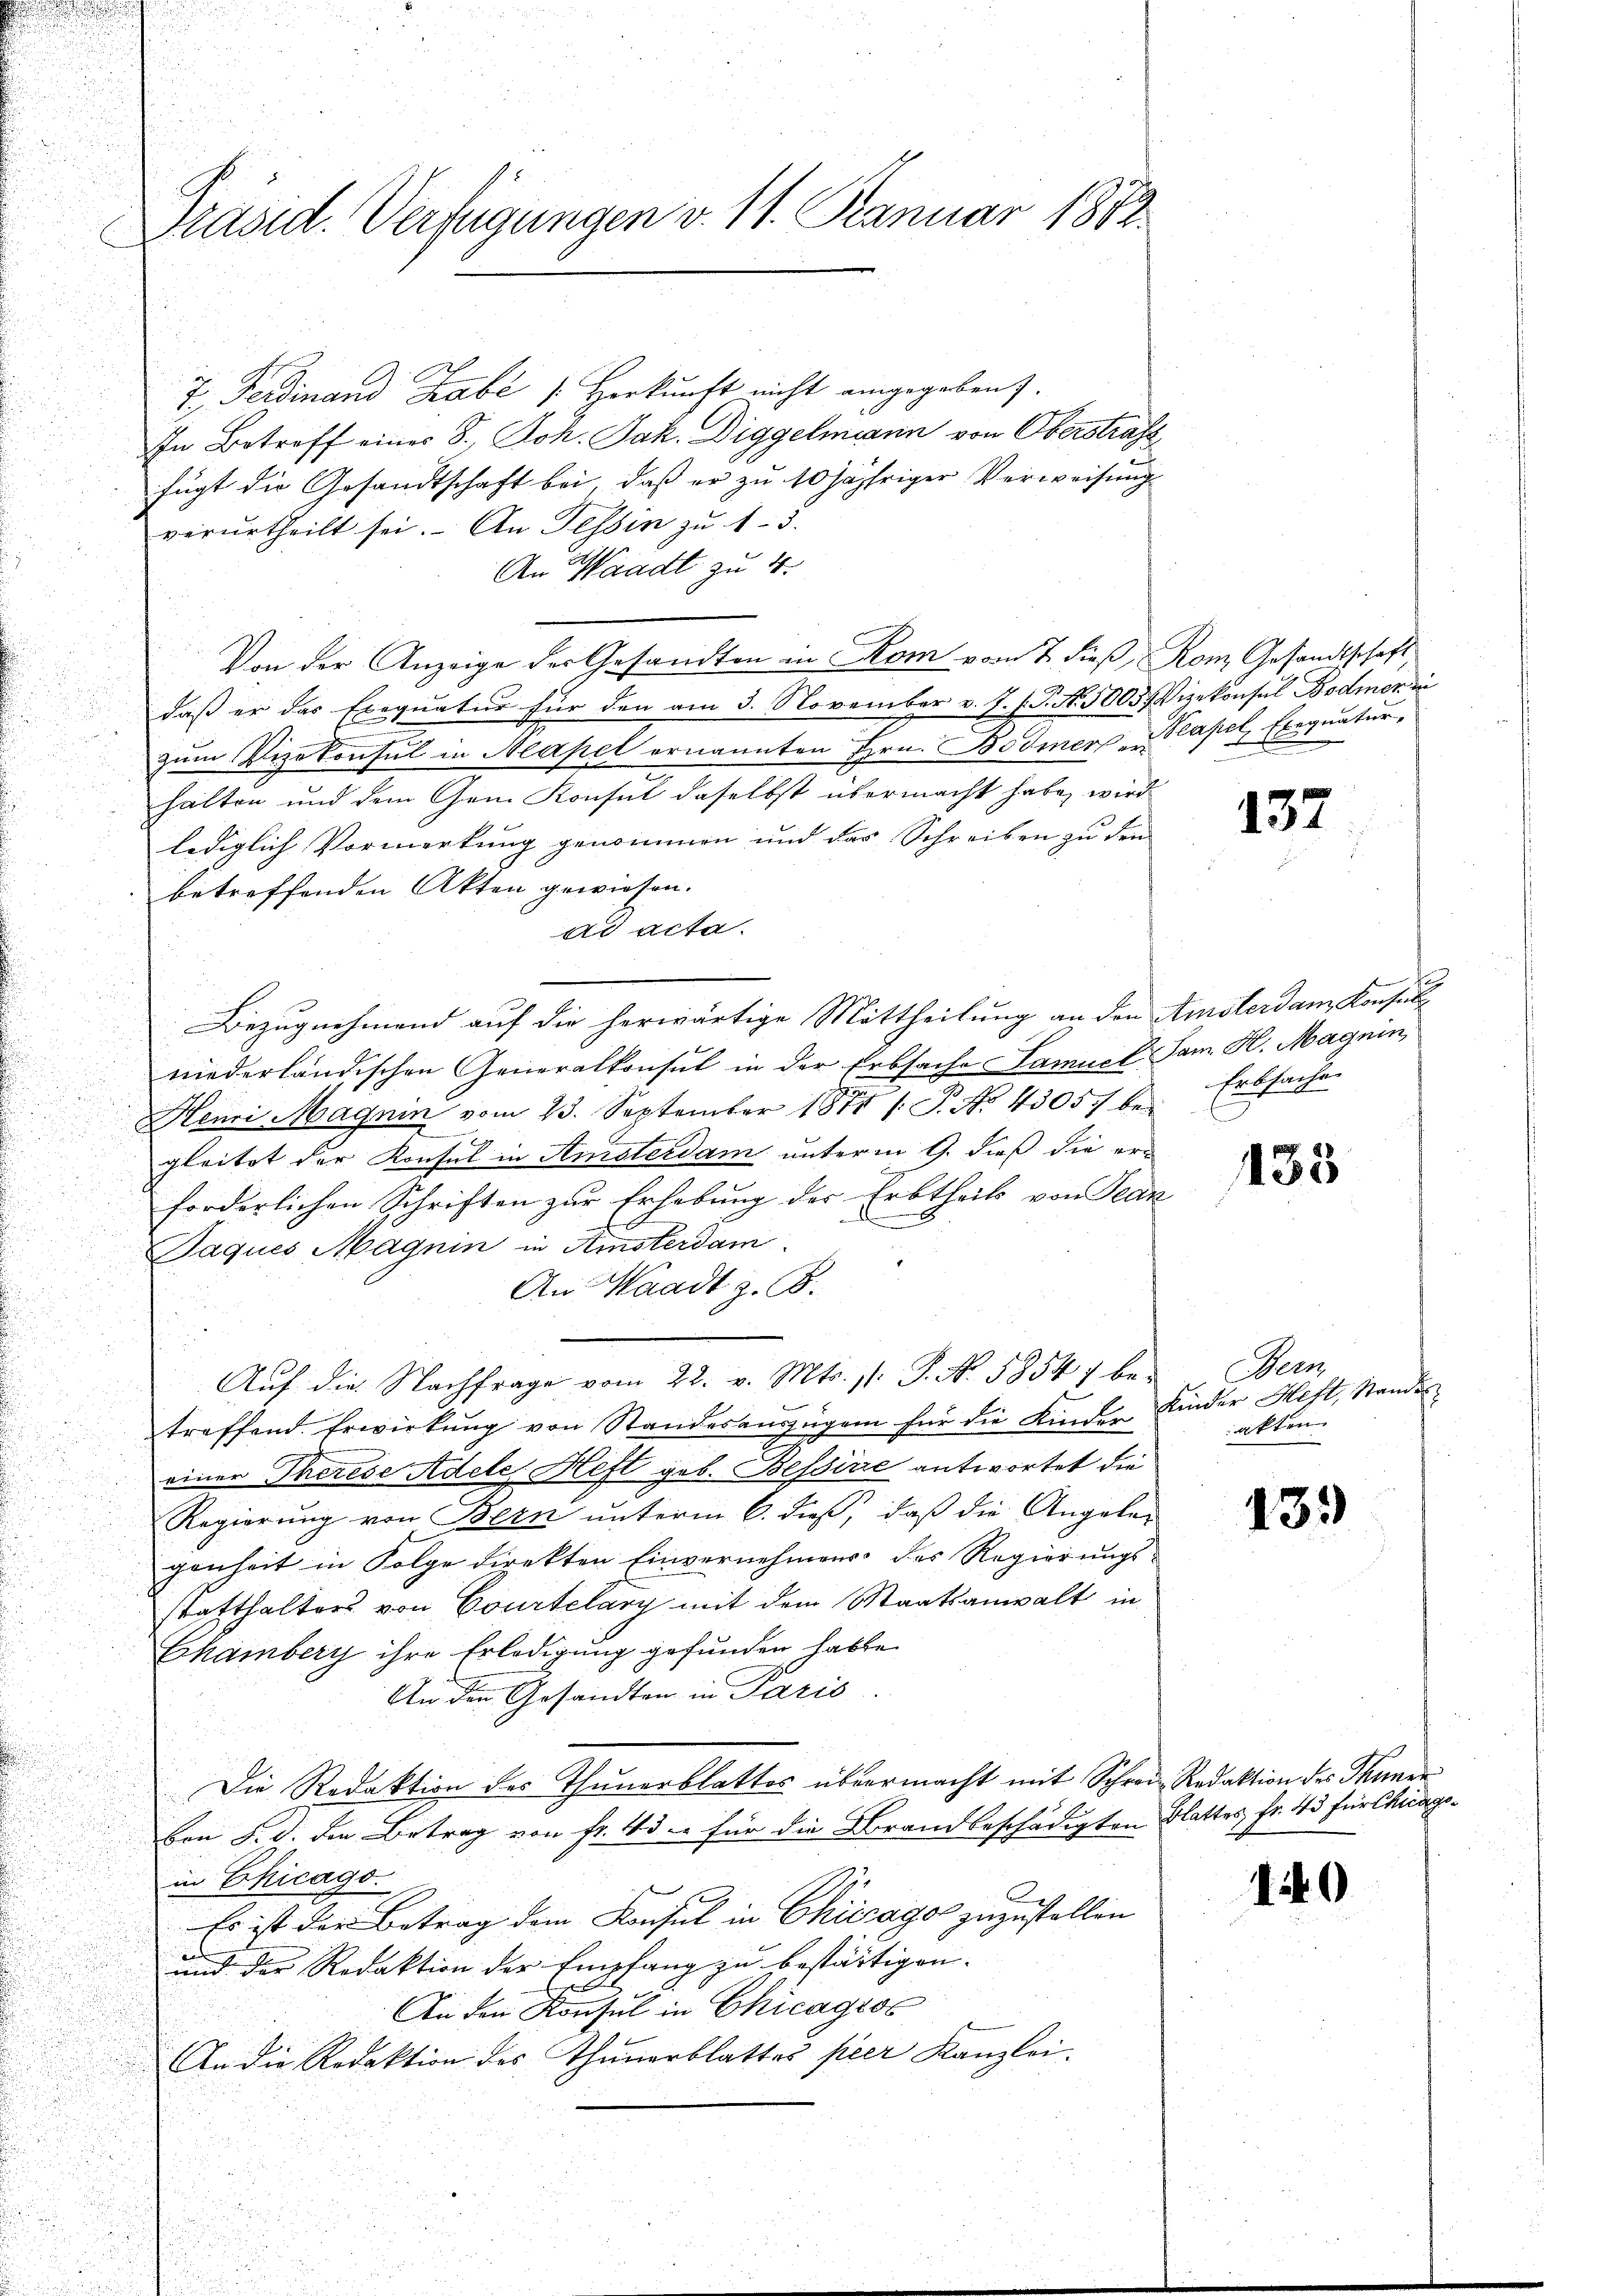
Präsid. Verfügungen v. 11. Januar 1872.

7. Ferdinand Habe 1. Herkunft nicht angegeben.
In Betreff eines S., Joh. Jak. Diggelmann von Oberstrafe
fügt die Gesandtschaft bei, daß er zu 10 jähriger Verweisung
verurtheilt sei. An Tessin zu 13.
An Waadt zu 4.
Von der Anzeige der Gesandten in Rom von 7 dieß, Rom Gesandtschaft,
daß er das Exequatur für den am 3. November v. J. J. G. N. 5003/ Vizekonsul Bodmer di
.
zŭm Vizekonsul in Neapel ernannten Hrn. Bodmers u. Kapel Exequatur,
halten und dem Gem Konsul daselbst übermacht habe, wird.
lediglich Vormerkung genommen und das Schreiben zu den
betreffenden Akten gewiesen.
ad acta.
i
e
Bezugnehmend auf die herwärtige Mittheilung an den Amsterdanz Konsul
niederländischen Generalkonsul in der Erbsache Samuel Jam. H. Magnin,
Henri Magnin vom 23. September 1871 /: P. No. 43057 f. Erbsache
.
gleitet der Konsul in Amsterdam unterm 9. dieß die er-
forderlichen Schriften zur Erhebung der Erbtheils von Jean
Jaques Magnin in Amsterdam
An Waadt z. B.
Aŭf die Nachfrage vom 22. v. Mts. 1. P. No. 58547 bei Bern
treffend Erwirkung von Standesanzügen für die Kinder Kinder Heft, Standes
einer Therese Adele, Heft geb. Bessirre antwortet die
Regierung von Bern unterm 6. dieß, daß die Angelegenheit in Folge direkten Einvernehmens des Regierŭngs-
statthalters von Courtelary mit dem Staatsanwalt in
Chamberg ihre Erledigung gefunden habte
An den Gesandten in Paris.
Die Redaktion des Thunerblattes übermacht mit Schrei- Redaktion des Thuner
Ben 5. d. den Betrag von fr. 4 die für die Brandbeschädigten Blattes Fr. 45 für Chicagoin Chicago.
Es ist der Betrag dem Konsul in Chicago zuzustellen
und der Redaktion der Empfang zu bestättigen.
b
An den Konsul in Chicagros
An die Redaktion des Thunerblattes per Kanzlei.

.

132

435

akten.

135

1

0